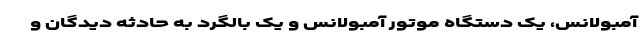
آمبولانس، یک دستگاه موتور آمبولانس و یک بالگرد به حادثه دیدگان و